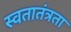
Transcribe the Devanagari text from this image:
स्वतातंत्रता